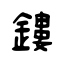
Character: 鏤